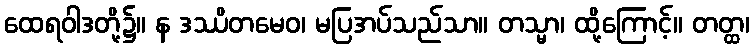
ထေရဝါဒတို့၌။ န ဒဿိတမေဝ၊ မပြအပ်သည်သာ။ တသ္မာ၊ ထို့ကြောင့်။ တတ္ထ၊